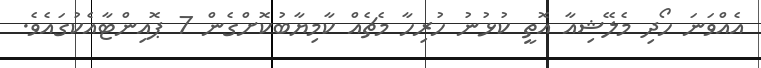
އެއްވަނަ ހޯދި މެލޭޝިއާ އޮތީ ކުޅުނު ހުރިހާ މެޗެއް ކާމިޔާބުކޮށްގެން 7 ޕޮއިންޓާއެކުގައެވެ.